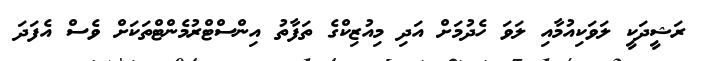
ރަޝީދަކީ ލަވަކިއުމާއި ލަވަ ހެދުމަށް އަދި މިއުޒިކްގެ ތަފާތު އިންސްޓްރުމެންޓްތަކަށް ވެސް އެފަދަ